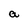
Character: a